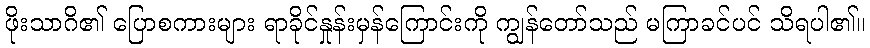
ဖိုးသာဂိ၏ ပြောစကားများ ရာခိုင်နှုန်းမှန်ကြောင်းကို ကျွန်တော်သည် မကြာခင်ပင် သိရပါ၏။